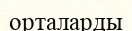
орталарды